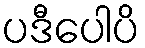
ပဒီပေါပိ